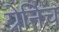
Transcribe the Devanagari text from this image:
ग्रेनिच